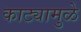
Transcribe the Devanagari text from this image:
काट्यामुळे